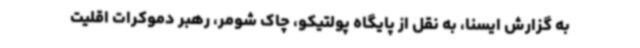
به گزارش ایسنا، به نقل از پایگاه پولتیکو، چاک شومر، رهبر دموکرات اقلیت